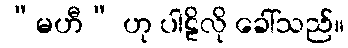
“မဟီ” ဟု ပါဠိလို ခေါ်သည်။